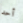
أحد